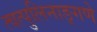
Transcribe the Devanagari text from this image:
त्वत्पुलिनाङ्गणे